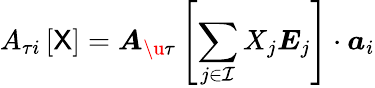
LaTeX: A_{\tau i}\left[{\sf X}\right]=\boldsymbol{A}_{\u{\tau}}\left[\sum_{j\in\mathcal{I}}X_{j}\boldsymbol{E}_{j}\right]\cdot\boldsymbol{a}_{i}